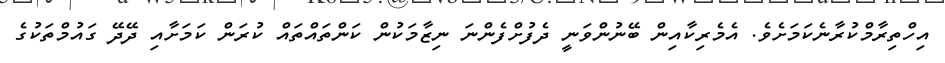
އިހްތިރާމްކުރާނެކަމަށެވެ. އެމެރިކާއިން ބޭނުންވަނީ ދެފުށްފެންނަ ނިޒާމަކުން ކަންތައްތައް ކުރަން ކަމަށާއި ދޭދޭ ގައުމްތަކުގެ